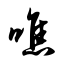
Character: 噍